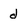
Character: d